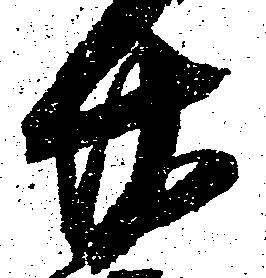
廿